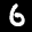
Label: 6